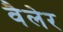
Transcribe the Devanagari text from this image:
वैलेर